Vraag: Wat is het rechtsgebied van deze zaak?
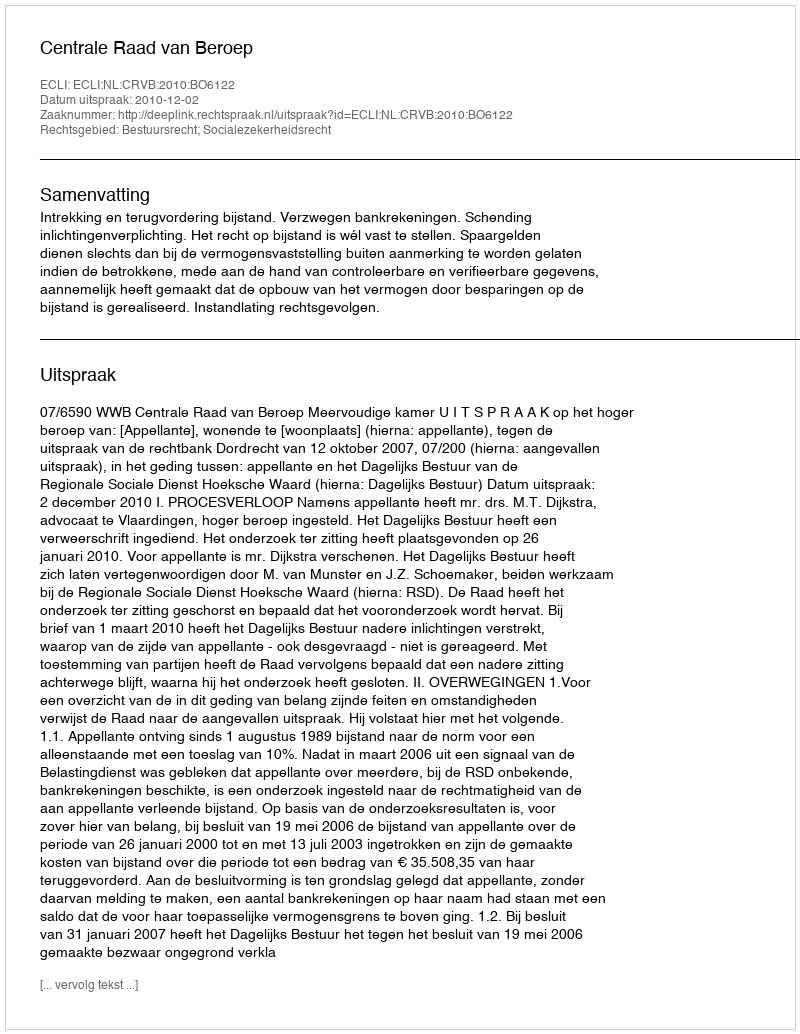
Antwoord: Bestuursrecht; Socialezekerheidsrecht